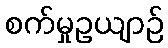
စက်မှုဥယျာဉ်